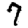
Digit: 7